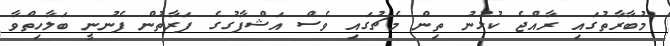
މުބާރާތުގައި ރާއްޖެ ކުޅުނު ތިން މެޗުގައި ވެސް އަޝްފާގުގެ ފަރާތުން ފެނުނީ ބަލާހިތްވާ